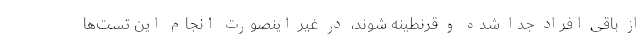
از باقی افراد جدا شده و قرنطینه شوند، در غیر اینصورت انجام این تست‌ها